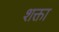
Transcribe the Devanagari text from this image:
शक्ता